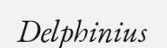
Delphinius